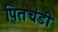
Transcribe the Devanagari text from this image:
पितचंडी